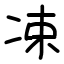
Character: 凁